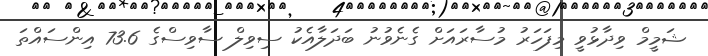
ޝަމީމް ވިދާޅުވީ މިފަހަރު މުސާރައަށް ގެނެވުނު ބަދަލާއެކު ސިވިލް ސާވިސްގެ 73.6 އިންސައްތަ